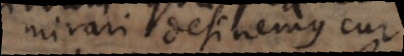
mirari desinemus cur